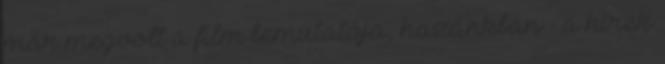
már megvolt a film bemutatója, hazánkban - a hírek